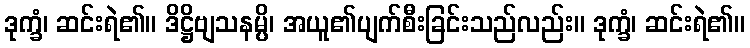
ဒုက္ခံ၊ ဆင်းရဲ၏။ ဒိဋ္ဌိဗျသနမ္ပိ၊ အယူ၏ပျက်စီးခြင်းသည်လည်း။ ဒုက္ခံ၊ ဆင်းရဲ၏။